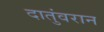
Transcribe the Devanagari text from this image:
दातुंवरान